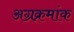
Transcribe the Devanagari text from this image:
अग्रक्रमांक